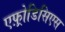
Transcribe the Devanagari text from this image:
एफ़्रोडिसिएस